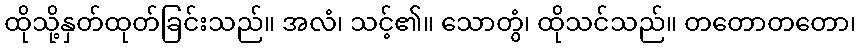
ထိုသို့နှတ်ထုတ်ခြင်းသည်။ အလံ၊ သင့်၏။ သောတွံ၊ ထိုသင်သည်။ တတောတတော၊